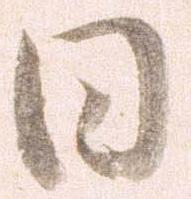
日